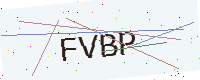
Text: FVBP